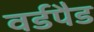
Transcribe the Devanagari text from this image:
वर्डपैड